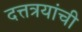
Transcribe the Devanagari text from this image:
दत्तत्रयांची